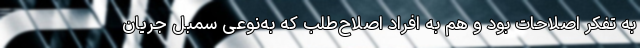
به تفکر اصلاحات بود و هم به افراد اصلاح‌طلب که به‌نوعی سمبل جریان